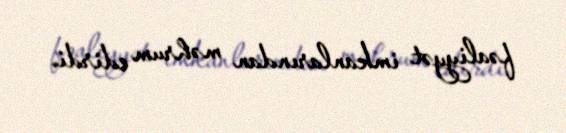
fəaliyyət imkanlarından məhrum edirdi.